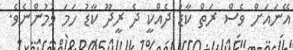
އޭނައަށް ވެސް ރަތް ކާޑު ދެއްކީ ދެ ރީދޫ ކާޑު ހަމަ ވުމުންނެވެ.